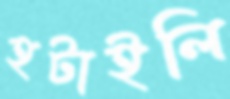
হটাইলি